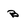
Character: B